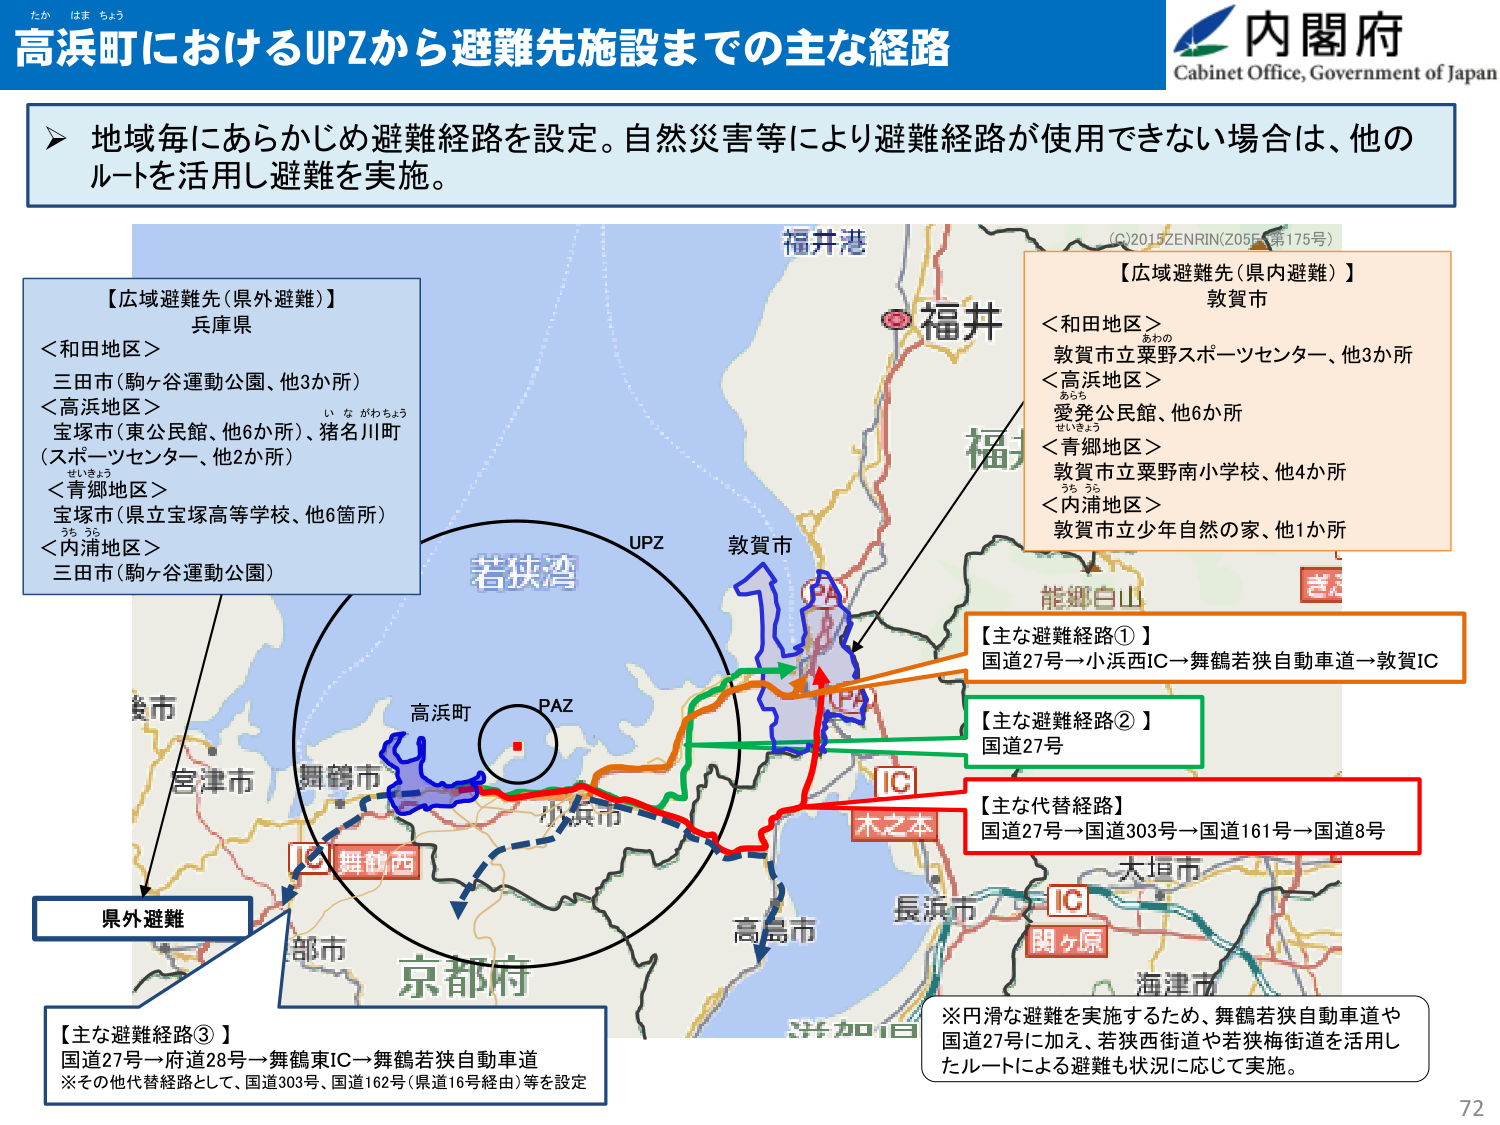
たか はま ちょう
高浜町におけるUPZから避難先施設までの主な経路
内閣府
Cabinet Office, Government of Japan

▶ 地域毎にあらかじめ避難経路を設定。自然災害等により避難経路が使用できない場合は、他のルートを活用し避難を実施。

【広域避難先（県外避難）】
兵庫県
＜和田地区＞
三田市（駒ヶ谷運動公園、他3か所）
＜高浜地区＞
宝塚市（東公民館、他6か所）、猪名川町（スポーツセンター、他2か所）
＜青郷地区＞
宝塚市（県立宝塚高等学校、他6箇所）
＜内浦地区＞
三田市（駒ヶ谷運動公園）

【広域避難先（県内避難）】
敦賀市
＜和田地区＞
敦賀市立粟野スポーツセンター、他3か所
＜高浜地区＞
愛発公民館、他6か所
＜青郷地区＞
敦賀市立粟野南小学校、他4か所
＜内浦地区＞
敦賀市立少年自然の家、他1か所

福井港
福井
UPZ
敦賀市
若狭湾
高浜町
PAZ
舞鶴市
小浜市
京都市
高島市
長浜市
大垣市
海津市
木之本
IC
関ヶ原
IC
舞鶴西
IC

【主な避難経路①】
国道27号→小浜西IC→舞鶴若狭自動車道→敦賀IC

【主な避難経路②】
国道27号

【主な代替経路】
国道27号→国道303号→国道161号→国道8号

【主な避難経路③】
国道27号→府道28号→舞鶴東IC→舞鶴若狭自動車道
※その他代替経路として、国道303号、国道162号（県道16号経由）等を設定

※円滑な避難を実施するため、舞鶴若狭自動車道や国道27号に加え、若狭西街道や若狭梅街道を活用したルートによる避難も状況に応じて実施。

(C)2015 ZENRIN (Z055 第175号)
県外避難
72